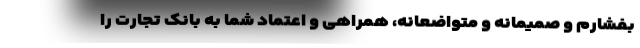
بفشارم و صمیمانه و متواضعانه، همراهی و اعتماد شما به بانک تجارت را